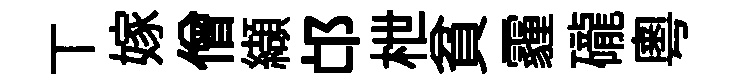
丅嫁僧纈邙枻貧霾礲粵